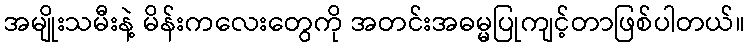
အမျိုးသမီးနဲ့ မိန်းကလေးတွေကို အတင်းအဓမ္မပြုကျင့်တာဖြစ်ပါတယ်။